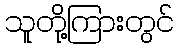
သူတို့ကြားတွင်